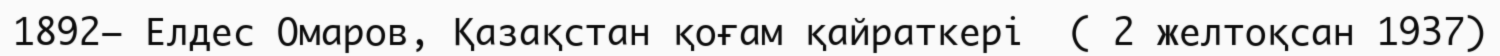
1892— Елдес Омаров, Қазақстан қоғам қайраткері  ( 2 желтоқсан 1937)